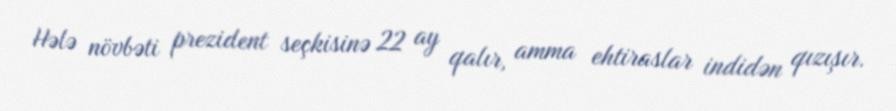
Hələ növbəti prezident seçkisinə 22 ay qalır, amma ehtiraslar indidən qızışır.